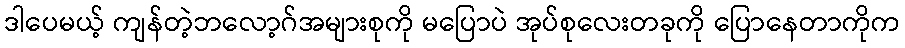
ဒါပေမယ့် ကျန်တဲ့ဘလော့ဂ်အများစုကို မပြောပဲ အုပ်စုလေးတခုကို ပြောနေတာကိုက